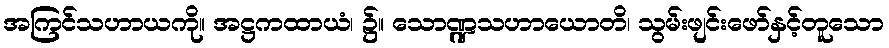
အကြင်သဟာယကို။ အဋ္ဌကထာယံ၊ ၌။ သောဏ္ဍသဟာယောတိ၊ သွမ်းဖျင်းဖော်နှင့်တူသော